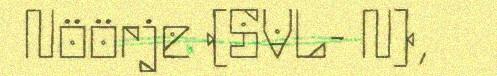
Nöörje (SVL- N),